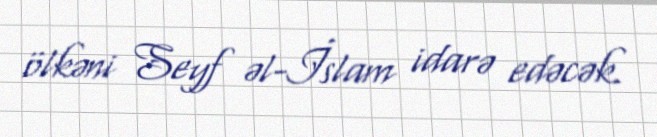
ölkəni Seyf əl-İslam idarə edəcək.